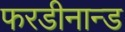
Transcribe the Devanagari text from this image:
फरडीनान्ड